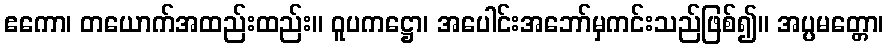
ဧကော၊ တယောက်အထည်းထည်း။ ဝူပကဋ္ဌော၊ အပေါင်းအဘော်မှကင်းသည်ဖြစ်၍။ အပ္ပမတ္တော၊